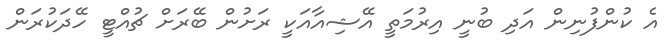
އެ ކުންފުނިން އަދި ބުނީ އިރުމަތީ އޭޝިއާއަކީ ރަށުން ބޭރަށް ޗުއްޓީ ހޭދަކުރަން